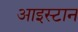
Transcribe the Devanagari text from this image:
आइस्टान